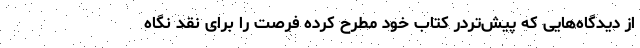
از دیدگاه‌هایی که پیش‌تردر کتاب خود مطرح کرده فرصت را برای نقد نگاه